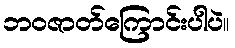
ဘဝဇာတ်ကြောင်းပါပဲ။